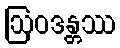
ဩဝဒန္တဿ